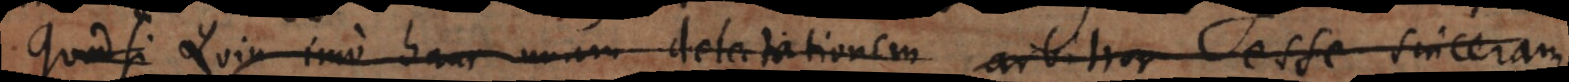
Quodsi Quin imo hanc unam delectationem arbitror esse sinceram